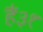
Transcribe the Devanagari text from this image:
हैं३१